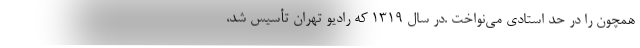
همچون را در حد استادی می‌نواخت .در سال ۱۳۱۹ که رادیو تهران تأسیس شد،